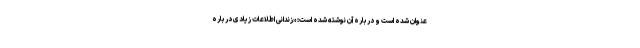
عنوان شده است و درباره آن نوشته شده است: «زندانی اطلاعات زیادی درباره